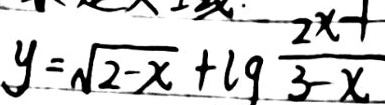
y = \sqrt { 2 - x } + l q \frac { 2 x - 1 } { 3 - x }